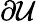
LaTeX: \partial\mathcal{U}